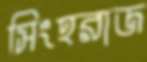
সিংহরাজ